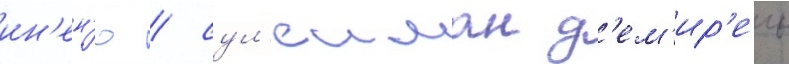
ин'ен'ю / сул'еиман д'ем'ир'ель